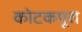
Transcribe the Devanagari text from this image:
कोटकपूरा